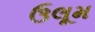
ઉલૂમ